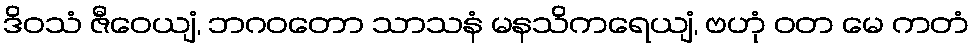
ဒိဝသံ ဇီဝေယျံ, ဘဂဝတော သာသနံ မနသိကရေယျံ, ဗဟုံ ဝတ မေ ကတံ